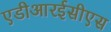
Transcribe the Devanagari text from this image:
एडीआरईसीएस